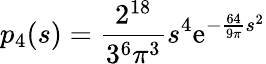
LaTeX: p_{4}(s)={\frac{2^{18}}{3^{6}\pi^{3}}}s^{4}\mathrm{e}^{-{\frac{64}{9\pi}}s^{2}}